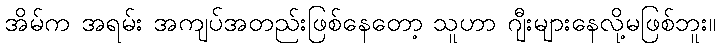
အိမ်က အရမ်း အကျပ်အတည်းဖြစ်နေတော့ သူဟာ ဂျီးများနေလို့မဖြစ်ဘူး။